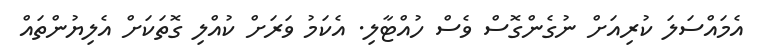
އެމައްސަލަ ކުރިއަށް ނުގެންގޮސް ވެސް ހުއްޓާލި. އެކަމު ވަރަށް ކުއްލި ގޮތަކަށް އެލިޔުންތައް